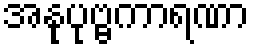
အနုပုဗ္ဗကာရဏာ